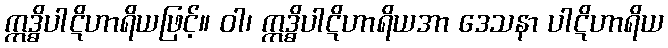
ဣဒ္ဓိပါဋိဟာရိယဖြင့်။ ဝါ၊ ဣဒ္ဓိပါဋိဟာရိယအာ ဒေသနာ ပါဋိဟာရိယ